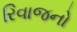
રિવાજનો